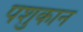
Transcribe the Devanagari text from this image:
पशुकान